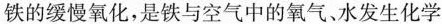
铁的慢氧化，是铁与空气中的氧气、水发生化学